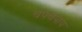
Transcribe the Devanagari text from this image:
चपचपाय